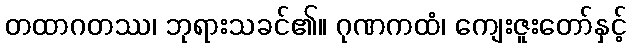
တထာဂတဿ၊ ဘုရားသခင်၏။ ဂုဏကထံ၊ ကျေးဇူးတော်နှင့်